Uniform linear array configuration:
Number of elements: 8
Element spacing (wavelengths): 1
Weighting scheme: binomial
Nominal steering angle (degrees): -30
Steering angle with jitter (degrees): -28.422
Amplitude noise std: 0.05
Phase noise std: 0.05

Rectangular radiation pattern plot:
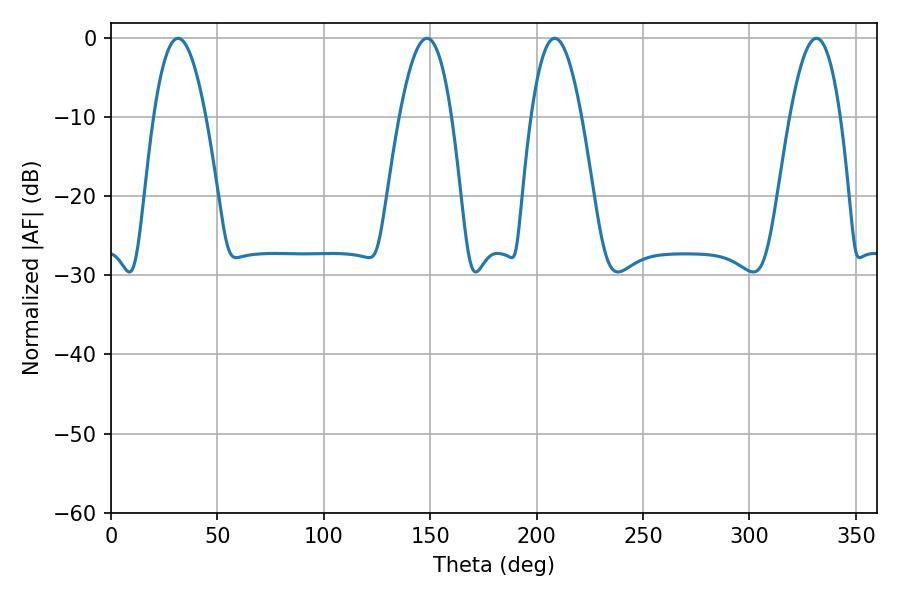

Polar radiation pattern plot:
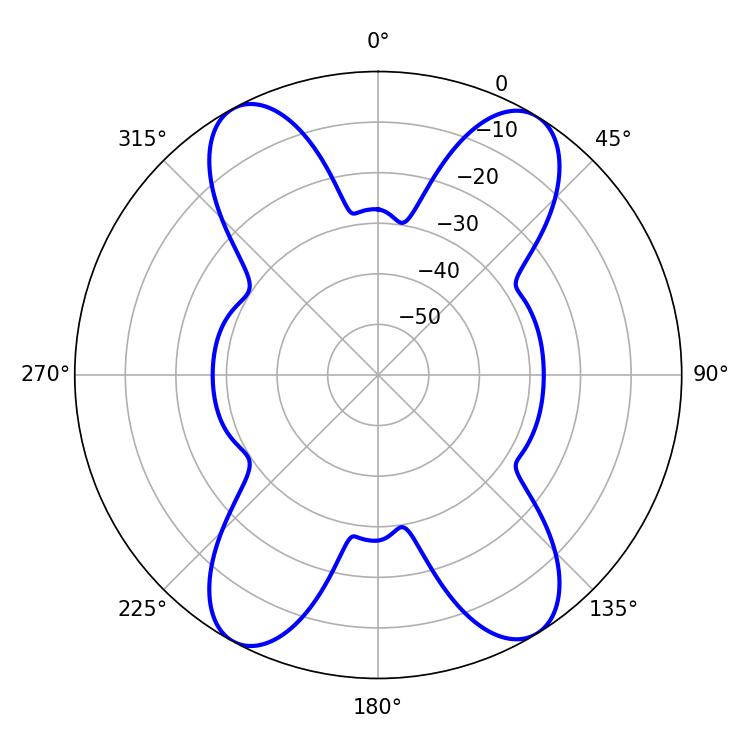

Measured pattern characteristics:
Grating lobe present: TRUE
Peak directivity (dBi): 18.185
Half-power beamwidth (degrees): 13.5
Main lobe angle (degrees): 31.5